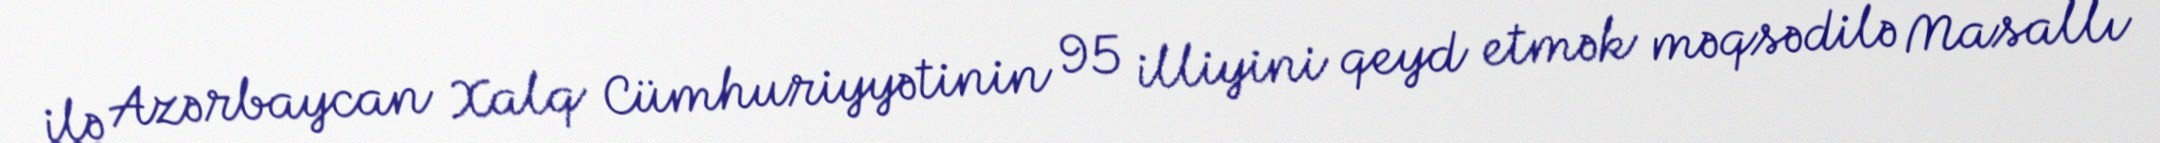
ilə Azərbaycan Xalq Cümhuriyyətinin 95 illiyini qeyd etmək məqsədilə Masallı